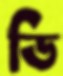
ডি